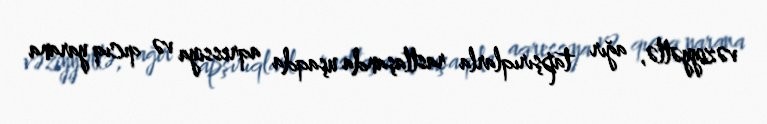
vəziyyətlə, ağır tapşırıqlarla rastlaşanda uşaqda aqressiya və qıcıq yarana